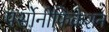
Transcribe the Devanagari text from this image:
पर्सोनीफिकेशन